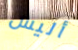
أليس